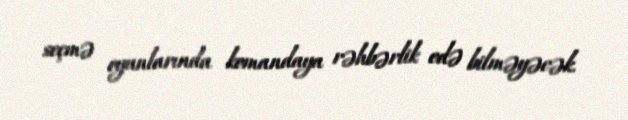
seçmə oyunlarında komandaya rəhbərlik edə bilməyəcək.